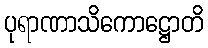
ပုရာဏာသိကောဋ္ဌောတိ